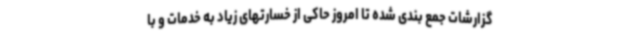
گزارشات جمع بندی شده تا امروز حاکی از خسارتهای زیاد به خدمات و با